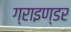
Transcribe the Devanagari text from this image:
ग्राइण्डर